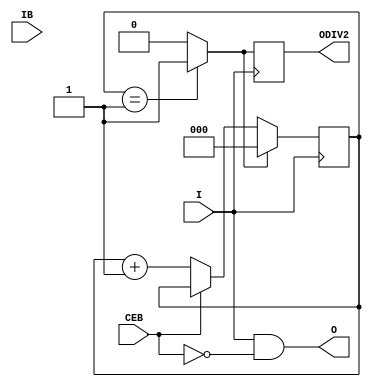
///////////////////////////////////////////////////////////////////////////////
// Copyright (c) 1995/2010 Xilinx, Inc.
// All Right Reserved.
///////////////////////////////////////////////////////////////////////////////
//   ____  ____
//  /   /\/   /
// /___/  \  /    Vendor : Xilinx
// \   \   \/     Version : 13.1 
//  \   \         Description : Xilinx Timing Simulation Library Component
//  /   /                  Differential Signaling Input Buffer
// /___/   /\     Filename : IBUFDS_GTE2.v
// \   \  /  \    Timestamp : Tue Jun  1 14:31:01 PDT 2010
//  \___\/\___\
//
// Revision:
//    06/01/10 - Initial version.
//    09/29/11 - 627247 -- Changed CLKSWING_CFG from blooean to bits
//    12/13/11 - Added `celldefine and `endcelldefine (CR 524859).
//    10/22/14 - Added #1 to $finish (CR 808642).
// End Revision

`timescale 1 ps/1 ps

`celldefine

module IBUFDS_GTE2 (
    O,
    ODIV2,

    CEB,
    I,
    IB
    );
`ifdef XIL_TIMING
    parameter LOC = "UNPLACED";
`endif
    parameter CLKCM_CFG = "TRUE";
    parameter CLKRCV_TRST = "TRUE";
    parameter [1:0] CLKSWING_CFG = 2'b11;

    output O;
    output ODIV2;

    input CEB;
    input I;
    input IB;


// Output signals
    reg  O_out=0, ODIV2_out=0;

// Counters and Flags
    reg [2:0] ce_count = 1;
    reg [2:0] edge_count = 0;

    reg allEqual;

// Attribute settings

// Other signals
    reg clkcm_cfg_int = 0;
    reg clkrcv_trst_int = 0;
    reg clkswing_cfg_int = 0;

    reg [1:0] CLKSWING_CFG_BINARY;
    reg notifier;

    initial begin
        allEqual = 0;

//-------------------------------------------------
//----- CLKCM_CFG check
//-------------------------------------------------
        case (CLKCM_CFG)

            "FALSE" : clkcm_cfg_int <= 1'b0;
            "TRUE"  : clkcm_cfg_int <= 1'b1;
            default : begin
                          $display("Attribute Syntax Error : The attribute CLKCM_CFG on IBUFDS_GTE2 instance %m is set to %s.  Legal values for this attribute are FALSE or TRUE", CLKCM_CFG);
                          #1 $finish;
                      end

        endcase // case(CLKCM_CFG)

//-------------------------------------------------
//----- CLKRCV_TRST check
//-------------------------------------------------
        case (CLKRCV_TRST)

            "FALSE" : clkrcv_trst_int <= 1'b0;
            "TRUE"  : clkrcv_trst_int <= 1'b1;
            default : begin
                          $display("Attribute Syntax Error : The attribute CLKRCV_TRST on IBUFDS_GTE2 instance %m is set to %s.  Legal values for this attribute are FALSE or TRUE", CLKRCV_TRST);
                          #1 $finish;
                      end

        endcase // case(CLKRCV_TRST)

    end  // initial begin


// =====================
// Count the rising edges of the clk
// =====================
    always @(posedge I) begin
         if(allEqual)
             edge_count <= 3'b000;
          else
             if (CEB == 1'b0)
                 edge_count <= edge_count + 1;
     end

//  Generate synchronous reset after DIVIDE number of counts
    always @(edge_count)
        if (edge_count == ce_count)
           allEqual = 1;
        else
          allEqual = 0;

// =====================
// Generate ODIV2
// =====================
    always @(posedge I)
        ODIV2_out <= allEqual;

// =====================
// Generate O
// =====================
    always @(I)
        O_out <= I & ~CEB;


// =====================
// Outputs   
// =====================

    assign O  = O_out;
    assign ODIV2   = ODIV2_out;
    

    specify
`ifdef XIL_TIMING
       $period (posedge I, 0:0:0, notifier);
       $period (negedge I, 0:0:0, notifier);
       $period (posedge IB, 0:0:0, notifier);
       $period (negedge IB, 0:0:0, notifier);
       ( I => O) = (100:100:100, 100:100:100);
       ( I => ODIV2) = (100:100:100, 100:100:100);
       ( IB => O) = (100:100:100, 100:100:100);
       ( IB => ODIV2) = (100:100:100, 100:100:100);
`endif
       specparam PATHPULSE$ = 0;

    endspecify

endmodule

`endcelldefine